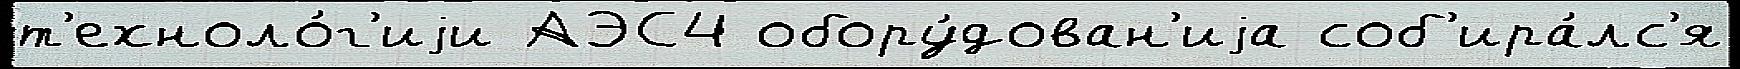
т'ехноло́г'иjи АЭС4 обору́дован'иjа соб'ира́лс'я